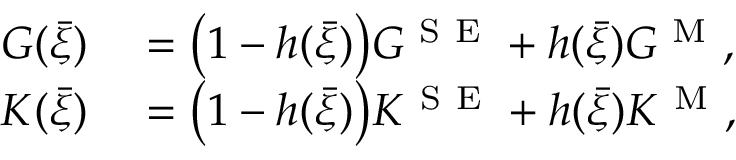
\begin{array} { r l } { G ( \bar { \xi } ) } & { { } = \big ( 1 - h ( \bar { \xi } ) \big ) G ^ { \mathrm { ~ S ~ E ~ } } + h ( \bar { \xi } ) G ^ { \mathrm { ~ M ~ } } , } \\ { K ( \bar { \xi } ) } & { { } = \big ( 1 - h ( \bar { \xi } ) \big ) K ^ { \mathrm { ~ S ~ E ~ } } + h ( \bar { \xi } ) K ^ { \mathrm { ~ M ~ } } , } \end{array}